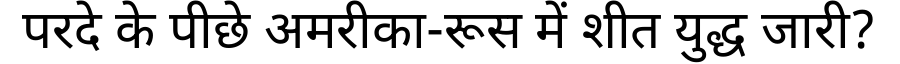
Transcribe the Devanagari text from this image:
परदे के पीछे अमरीका-रूस में शीत युद्ध जारी?